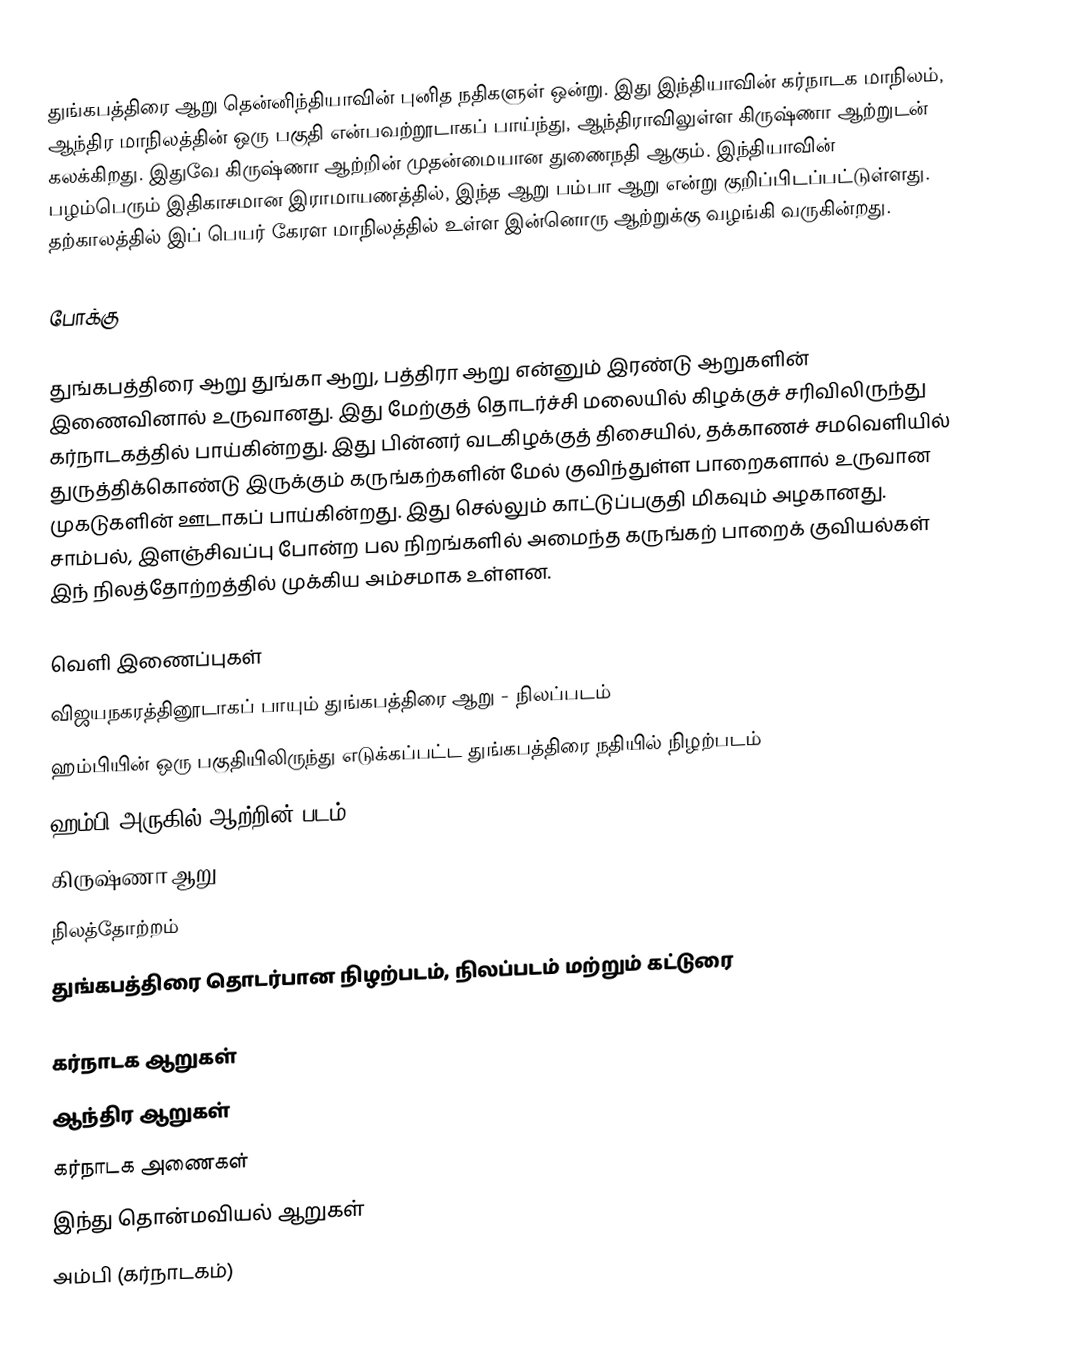
துங்கபத்திரை ஆறு தென்னிந்தியாவின் புனித நதிகளுள் ஒன்று. இது இந்தியாவின் கர்நாடக மாநிலம், ஆந்திர மாநிலத்தின் ஒரு பகுதி என்பவற்றூடாகப் பாய்ந்து, ஆந்திராவிலுள்ள கிருஷ்ணா ஆற்றுடன் கலக்கிறது. இதுவே கிருஷ்ணா ஆற்றின் முதன்மையான துணைநதி ஆகும். இந்தியாவின் பழம்பெரும் இதிகாசமான இராமாயணத்தில், இந்த ஆறு பம்பா ஆறு என்று குறிப்பிடப்பட்டுள்ளது. தற்காலத்தில் இப் பெயர் கேரள மாநிலத்தில் உள்ள இன்னொரு ஆற்றுக்கு வழங்கி வருகின்றது.

போக்கு

துங்கபத்திரை ஆறு துங்கா ஆறு, பத்திரா ஆறு என்னும் இரண்டு ஆறுகளின் இணைவினால் உருவானது. இது மேற்குத் தொடர்ச்சி மலையில் கிழக்குச் சரிவிலிருந்து கர்நாடகத்தில் பாய்கின்றது. இது பின்னர் வடகிழக்குத் திசையில், தக்காணச் சமவெளியில் துருத்திக்கொண்டு இருக்கும் கருங்கற்களின் மேல் குவிந்துள்ள பாறைகளால் உருவான முகடுகளின் ஊடாகப் பாய்கின்றது. இது செல்லும் காட்டுப்பகுதி மிகவும் அழகானது. சாம்பல், இளஞ்சிவப்பு போன்ற பல நிறங்களில் அமைந்த கருங்கற் பாறைக் குவியல்கள் இந் நிலத்தோற்றத்தில் முக்கிய அம்சமாக உள்ளன.

வெளி இணைப்புகள்
 விஜயநகரத்தினூடாகப் பாயும் துங்கபத்திரை ஆறு - நிலப்படம்
 ஹம்பியின் ஒரு பகுதியிலிருந்து எடுக்கப்பட்ட துங்கபத்திரை நதியில் நிழற்படம்
 ஹம்பி அருகில் ஆற்றின் படம்
 கிருஷ்ணா ஆறு
 நிலத்தோற்றம்
 துங்கபத்திரை தொடர்பான நிழற்படம், நிலப்படம் மற்றும் கட்டுரை

கர்நாடக ஆறுகள்
ஆந்திர ஆறுகள்
கர்நாடக அணைகள்
இந்து தொன்மவியல் ஆறுகள்
அம்பி (கர்நாடகம்)